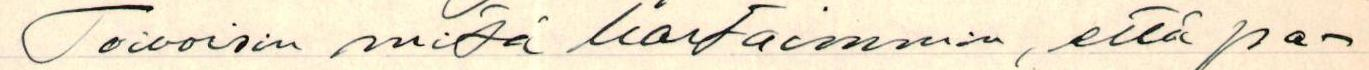
Toivoisin mitä hartaimmin, että pa-